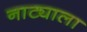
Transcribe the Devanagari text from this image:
नाट्याला